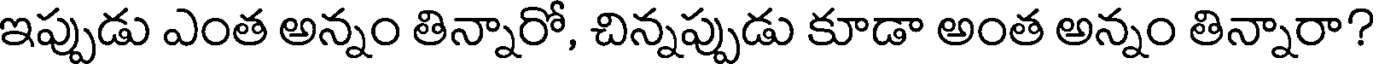
ఇప్పుడు ఎంత అన్నం తిన్నారో, చిన్నప్పుడు కూడా అంత అన్నం తిన్నారా?